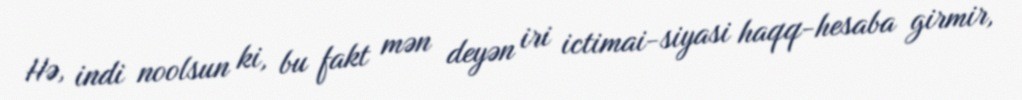
Hə, indi noolsun ki, bu fakt mən deyən iri ictimai-siyasi haqq-hesaba girmir,